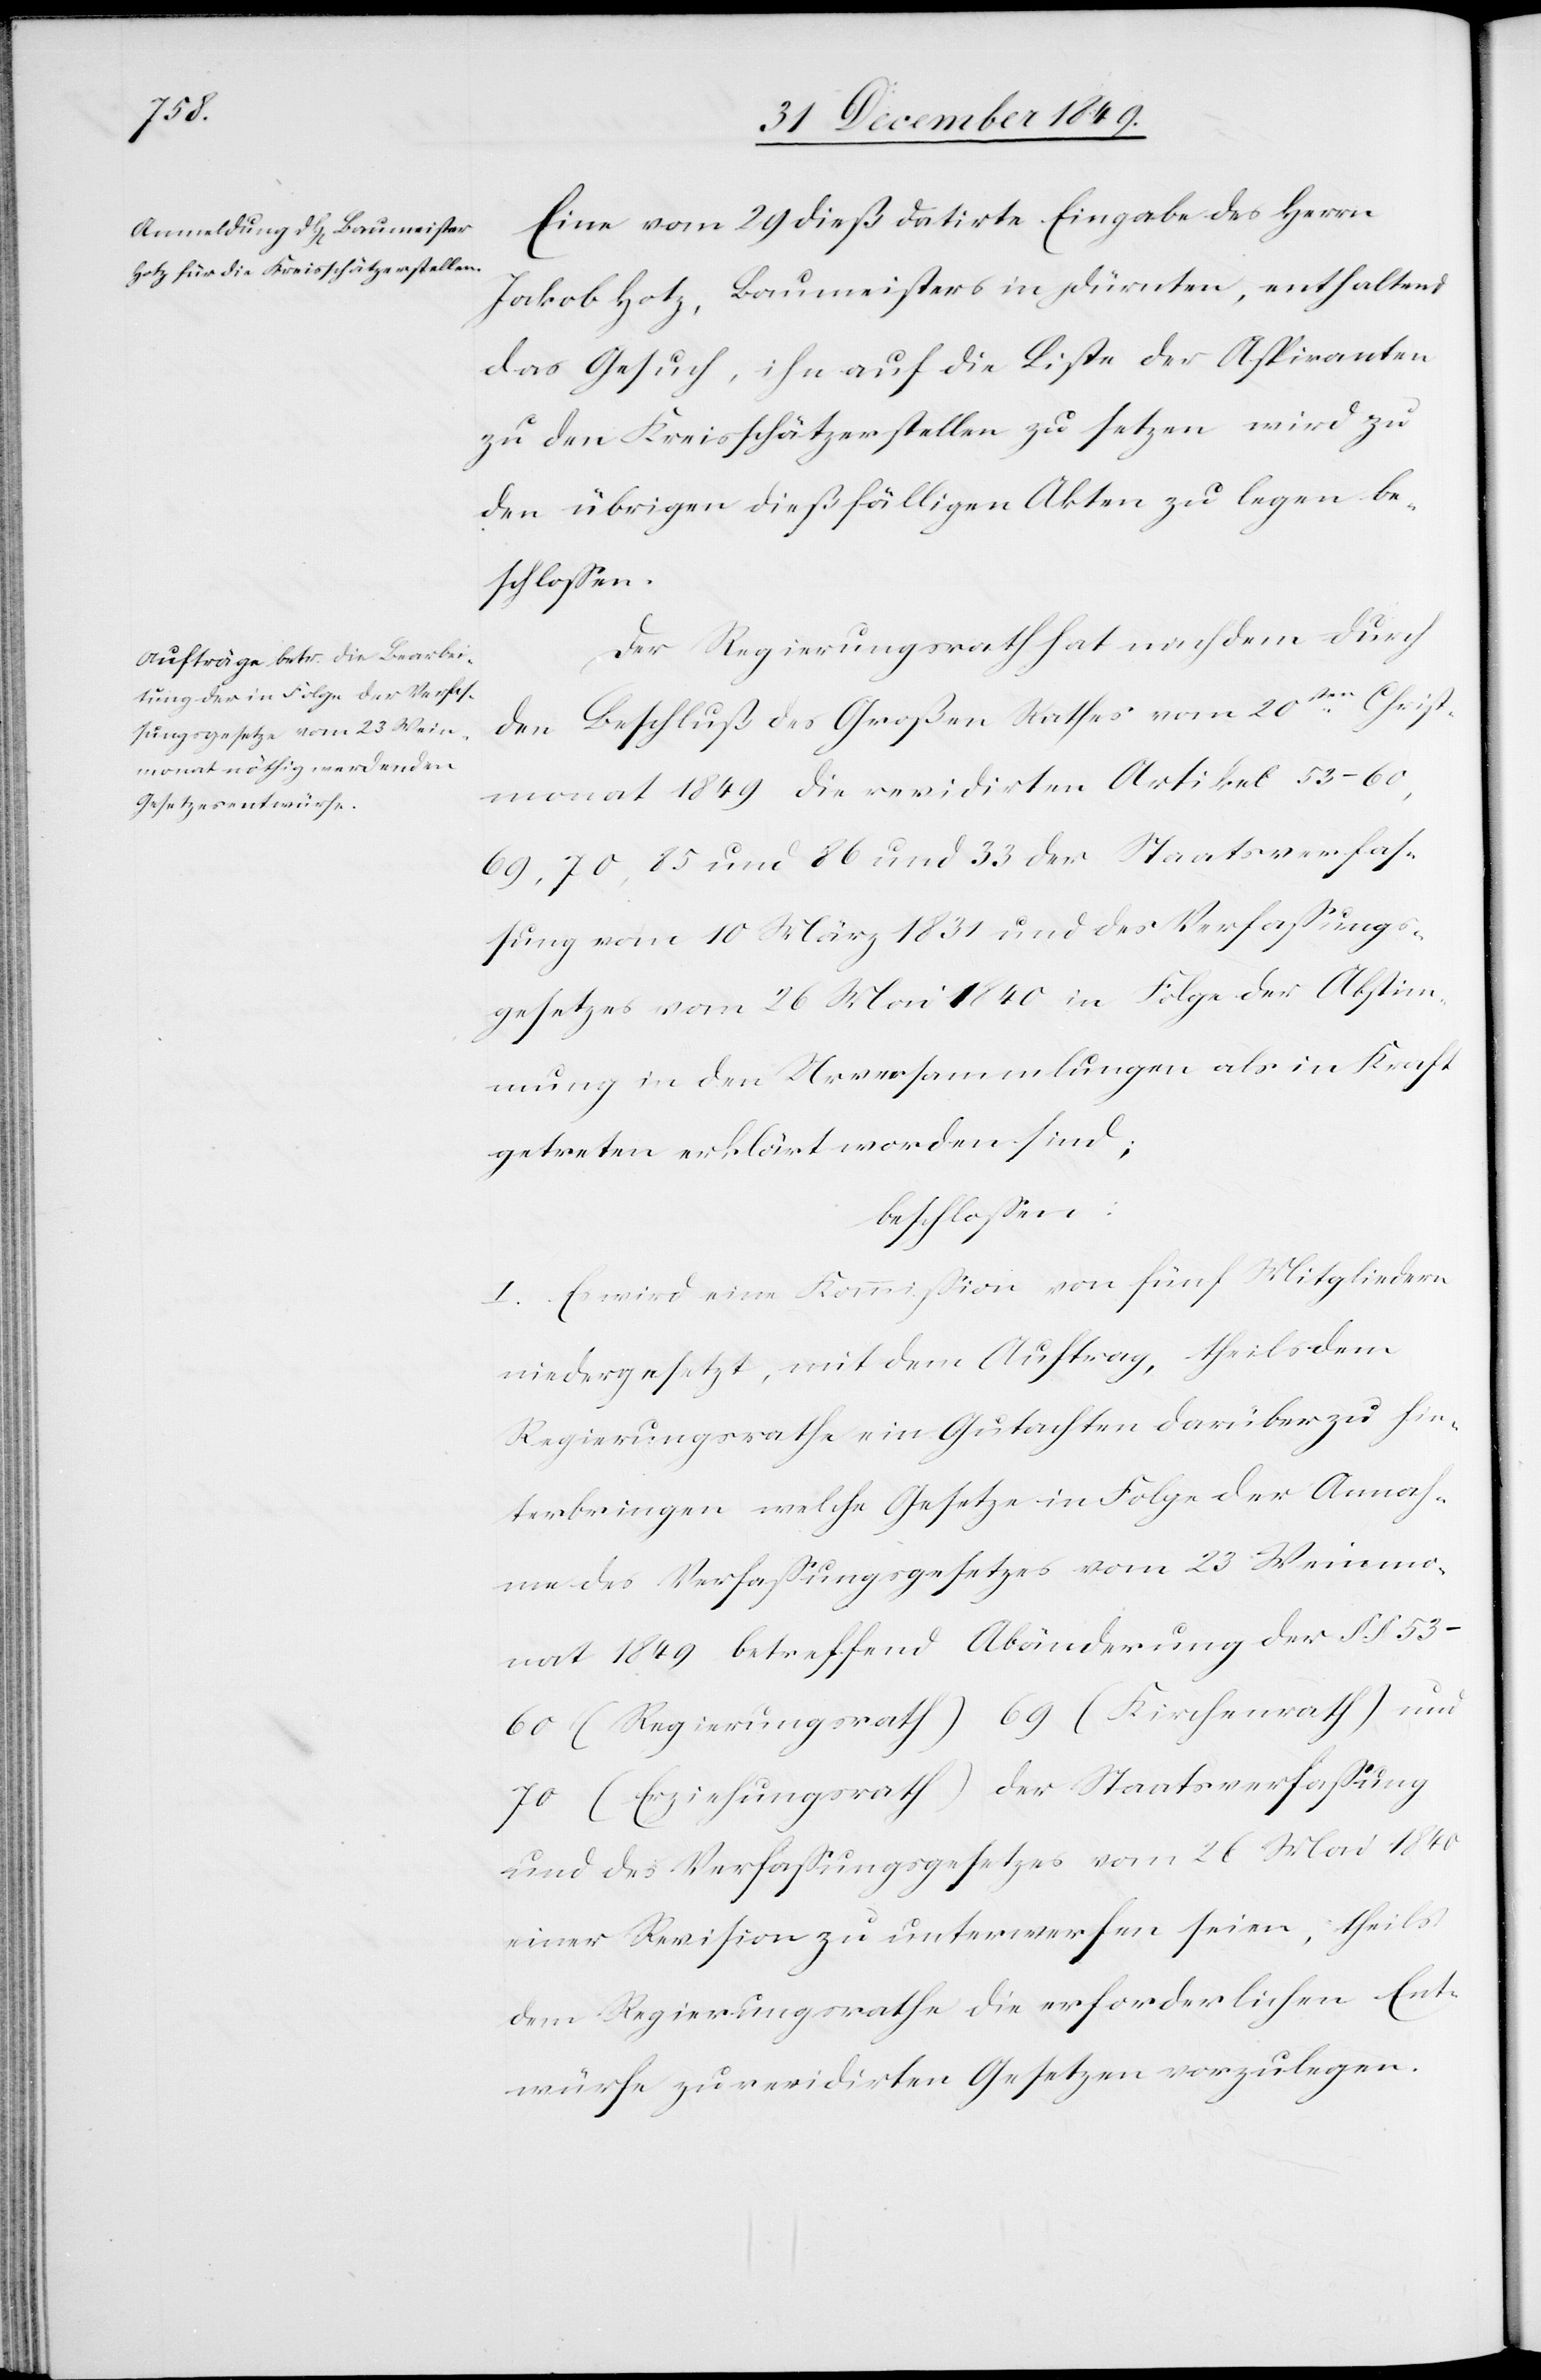
Eine vom 29 dieß datirte Eingabe des Herrn
Jakob Hotz, Baumeisters in Dürnten, enthaltend
das Gesuch, ihn auf die Liste der Aspiranten
zu den Kreisschätzerstellen zu setzen wird zu
den übrigen dießfälligen Akten zu legen be¬
schloßen.
Der Regierungsrath hat nach dem durch
den Beschluß des Großen Rathes vom 20sten Christ¬
monat 1849 die revidirten Artikel
53–60,69,70,85 und 86 und 33 der Staatsverfas¬
sung vom 10 März 1831 und des Verfaßungs¬
gesetzes vom 26 Mai 1840 in Folge der Abstim¬
mung in den Urversammlungen als in Kraft
getreten erklärt worden sind;
beschloßen:
I. Es wird eine Kommißion von fünf Mitgliedern
niedergesetzt, mit dem Auftrag, theils dem
Regierungsrathe ein Gutachten darüber zu hin¬
terbringen welche Gesetze in Folge der Annah¬
me des Verfaßungsgesetzes vom 23 Weinmo¬
nat 1849 betreffend Abänderung der §§ 53–60
(Regierungsrath) 69 (Kirchenrath) und
70 (Erziehungsrath) der Staatsverfaßung
und des Verfaßungsgesetzes vom 26 Mai 1840
einer Revision zu unterwerfen seien, theils
dem Regierungsrathe die erforderlichen Ent¬
würfe zu revidirten Gesetzen vorzulegen.